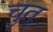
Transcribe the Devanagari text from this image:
चुत्